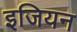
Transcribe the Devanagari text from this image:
इजियन